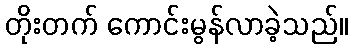
တိုးတက် ကောင်းမွန်လာခဲ့သည်။